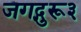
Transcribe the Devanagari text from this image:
जगद्गुरू३